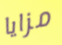
مزايا